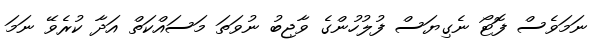
ނަމަވެސް ފޮޓޯ ނެގިޔަސް ފުލުހުންގެ ވާޖިބު ނުވަތަ މަސައްކަތް އަދާ ކުރެވޭ ނަމަ